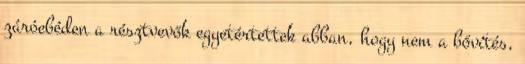
záróebéden a résztvevők egyetértettek abban, hogy nem a bővítés,